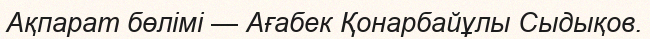
Ақпарат бөлімі — Ағабек Қонарбайұлы Сыдықов.